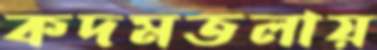
কদমতলায়